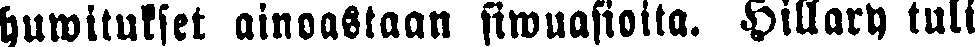
huwitukset ainoastaan siwuasioita. Hillary tuli